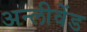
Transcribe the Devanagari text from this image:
अन्लीवेंड